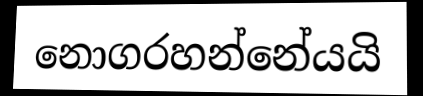
නොගරහන්නේයයි